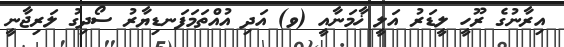
އިރާނުގެ ރޫހީ ލީޑަރު އަލީ ޚާމަނާއީ (ވ) އަދި އުއްތަމަފަނޑިޔާރު ސޯދިގު ލަރިޖާނީ